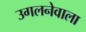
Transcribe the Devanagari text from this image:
उगलनेवाला